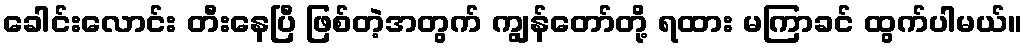
ခေါင်းလောင်း တီးနေပြီ ဖြစ်တဲ့အတွက် ကျွန်တော်တို့ ရထား မကြာခင် ထွက်ပါမယ်။